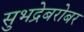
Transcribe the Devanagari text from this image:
सुभद्रेबरोबर